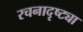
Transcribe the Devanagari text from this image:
रचनादृष्ट्या